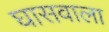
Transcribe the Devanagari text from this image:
घासवाला